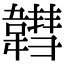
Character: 𩏚